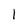
Character: 1